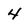
Character: 4